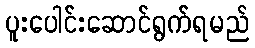
ပူးပေါင်းဆောင်ရွက်ရမည်